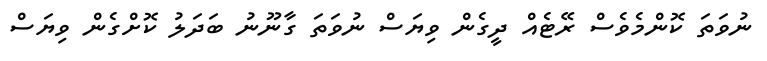
ނުވަތަ ކޮންމެވެސް ރޭޓެއް ދީގެން ވިޔަސް ނުވަތަ ގާނޫނު ބަދަލު ކޮށްގެން ވިޔަސް